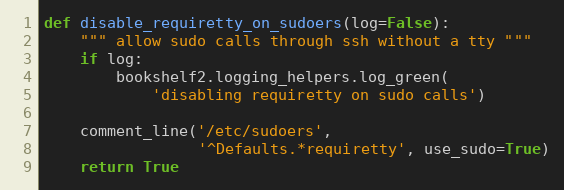
Language: Python
def disable_requiretty_on_sudoers(log=False):
    """ allow sudo calls through ssh without a tty """
    if log:
        bookshelf2.logging_helpers.log_green(
            'disabling requiretty on sudo calls')

    comment_line('/etc/sudoers',
                 '^Defaults.*requiretty', use_sudo=True)
    return True